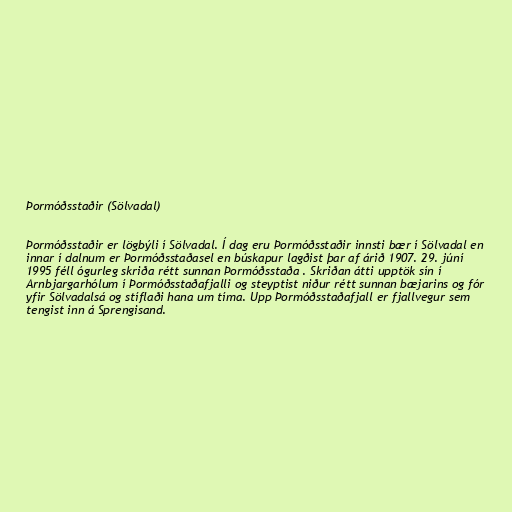
Þormóðsstaðir (Sölvadal)

Þormóðsstaðir er lögbýli í Sölvadal. Í dag eru Þormóðsstaðir innsti bær í Sölvadal en
innar í dalnum er Þormóðsstaðasel en búskapur lagðist þar af árið 1907. 29. júní
1995 féll ógurleg skriða rétt sunnan Þormóðsstaða . Skriðan átti upptök sín í
Arnbjargarhólum í Þormóðsstaðafjalli og steyptist niður rétt sunnan bæjarins og fór
yfir Sölvadalsá og stíflaði hana um tíma. Upp Þormóðsstaðafjall er fjallvegur sem
tengist inn á Sprengisand.